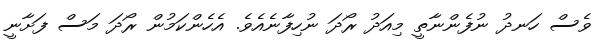
ވެސް ހަނދު ނުފެންނާތީ މިއަދު ރޯދަ ނުހިފާނެއެވެ. އެހެންކަމުން ރޯދަ މަސް ފަށާނީ